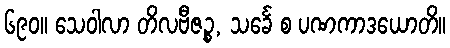
၆၉၀။ သေဝါလာ တိလဗီဇဉ္စ, သင်္ခေ စ ပဏကာဒယောတိ။